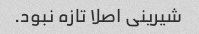
شیرینی اصلا تازه نبود.